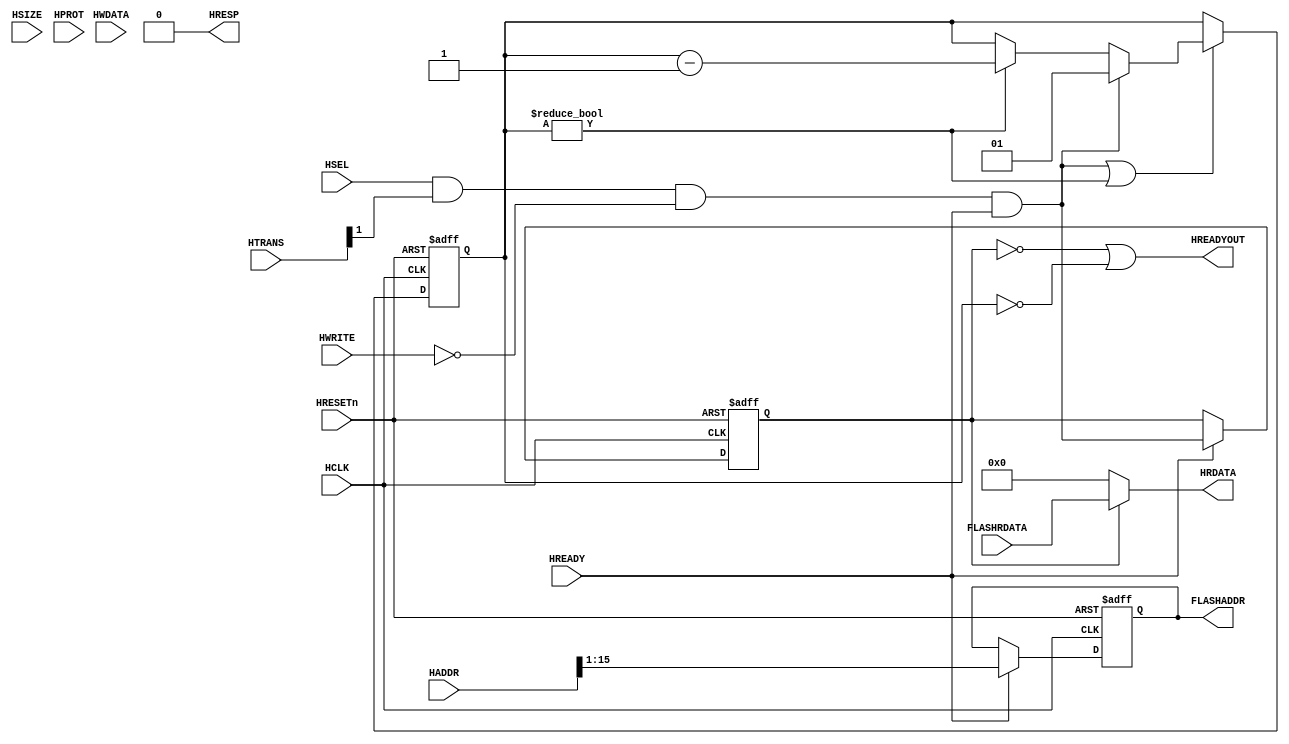
//-----------------------------------------------------------------------------
// The confidential and proprietary information contained in this file may
// only be used by a person authorised under and to the extent permitted
// by a subsisting licensing agreement from ARM Limited.
//
//            (C) COPYRIGHT 2010-2013 ARM Limited.
//                ALL RIGHTS RESERVED
//
// This entire notice must be reproduced on all copies of this file
// and copies of this file may only be made by a person if such person is
// permitted to do so under the terms of a subsisting license agreement
// from ARM Limited.
//
//      SVN Information
//
//      Checked In          : $Date: 2013-01-14 12:31:10 +0000 (Mon, 14 Jan 2013) $
//
//      Revision            : $Revision: 233538 $
//
//      Release Information : Cortex-M System Design Kit-r1p0-00rel0
//
//-----------------------------------------------------------------------------
//-----------------------------------------------------------------------------
// Abstract : Simple 16-bit flash memory interface with wait state support
//-----------------------------------------------------------------------------
module cmsdk_ahb_to_flash16 #(
 parameter AW       = 16,// Address width
 parameter WS       = 1  // Flash access wait state (0 to 3)

 )
 (
 input  wire          HCLK,    // Clock
 input  wire          HRESETn, // Reset

  // AHB inputs
 input  wire          HSEL,    // Device select
 input  wire [AW-1:0] HADDR,   // Address
 input  wire    [1:0] HTRANS,  // Transfer control
 input  wire    [2:0] HSIZE,   // Transfer size
 input  wire    [3:0] HPROT,   // Protection
 input  wire          HWRITE,  // Write control
 input  wire   [15:0] HWDATA,  // Write data - not used
 input  wire          HREADY,  // Transfer phase done

 // Flash input
 input  wire   [15:0] FLASHRDATA,  // Flash read data

  // AHB outputs
 output wire          HREADYOUT, // Device ready
 output wire   [15:0] HRDATA,  // Read data output
 output wire          HRESP,   // Device response (always OKAY)

 // Flash outnput
 output wire [AW-2:0] FLASHADDR // Flash address
  );


// Internal signals
wire          read_valid;     // Address phase read valid
reg           read_enable;    // Data phase read enable
reg  [AW-2:0] reg_addr1;      // Address registered in data phase

// Flash wait state control
wire          flash_read_done;      // flash read data is valid
reg    [1:0]  flash_wait_counter;   // wait state counter
wire   [1:0]  nxt_flash_wait_counter;   // Next wait state counter

wire   [1:0]  ws_cfg;

// wait state settings
assign ws_cfg = WS;

// Generate read control (address phase)
assign read_valid  = HSEL & HTRANS[1] & (~HWRITE) & HREADY;

// Registering control signals to data phase
always @(posedge HCLK or negedge HRESETn)
begin
  if (~HRESETn)
    begin
    read_enable    <= 1'b0;
    reg_addr1      <= {(AW-1){1'b0}};
    end
  else if (HREADY)
    begin
    read_enable    <= read_valid;
    reg_addr1      <= HADDR[AW-1:1];
    end
end

// Connect sample address to top level
assign FLASHADDR = reg_addr1[AW-2:0];

// flash wait state
// - if address has been changed, then counter set to ws_cfg
// - else decrement until zero
assign nxt_flash_wait_counter = (read_valid) ? ws_cfg :
  ((flash_wait_counter!= {2{1'b0}}) ? (flash_wait_counter - 1'b1) :
                               flash_wait_counter);

// Register wait state counter
always @(posedge HCLK or negedge HRESETn)
begin
  if (~HRESETn)
    flash_wait_counter    <= {2{1'b0}};
  else if (read_valid | (flash_wait_counter != 0))
    flash_wait_counter    <= nxt_flash_wait_counter;
end

assign flash_read_done = (flash_wait_counter == 0);
assign HREADYOUT = (~read_enable) | flash_read_done;
assign HRESP     = 1'b0;
assign HRDATA    = (read_enable) ? FLASHRDATA :
                                   {16{1'b0}};

`ifdef ARM_AHB_ASSERT_ON
   // ------------------------------------------------------------
   // Assertions
   // ------------------------------------------------------------
`include "std_ovl_defines.h"

  // Create signal to indicate data phase
  reg        ovl_ahb_data_phase_reg;
  wire       ovl_ahb_data_phase_nxt = HSEL & HTRANS[1];

  always @(posedge HCLK or negedge HRESETn)
  begin
  if (~HRESETn)
    ovl_ahb_data_phase_reg <= 1'b0;
  else if (HREADY)
    ovl_ahb_data_phase_reg <= ovl_ahb_data_phase_nxt;
  end

  //  Wait state counter should be 0 if it is not reading
   assert_never
     #(`OVL_ERROR,`OVL_ASSERT,
       "Wait state counter should be 0 when idle")
   u_ovl_counter_idle
     (.clk(HCLK), .reset_n(HRESETn),
      .test_expr((~ovl_ahb_data_phase_reg) & (|flash_wait_counter))
      );

  // HREADYOUT should be 1 if idle
   assert_never
     #(`OVL_ERROR,`OVL_ASSERT,
       "HREADYOUT should be 1 when idle")
   u_ovl_hreadyout_idle
     (.clk(HCLK), .reset_n(HRESETn),
      .test_expr((~ovl_ahb_data_phase_reg) & (~HREADYOUT))
      );

  // WS should be ranged from 0 to 3
   assert_never
     #(`OVL_ERROR,`OVL_ASSERT,
       "WS should be ranged from 0 to 3")
   u_ovl_ws_config_check
     (.clk(HCLK), .reset_n(HRESETn),
      .test_expr(WS > 3)
      );

  // HREADYOUT should be valid after WS+1 cycle
    assert_next
    #(`OVL_ERROR, WS+1,1,0,
      `OVL_ASSERT,
       "HREADYOUT should be valid after WS+1 cycle for READ transaction"
      )
    u_ovl_hreadyout_check
    (.clk         ( HCLK ),
     .reset_n     (HRESETn),
     .start_event (HTRANS[1] & HSEL & (~HWRITE) & HREADY
                   ),
     .test_expr   ( HREADYOUT == 1'b1
                   )
     );

`endif

endmodule